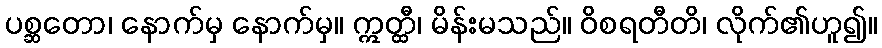
ပစ္ဆတော၊ နောက်မှ နောက်မှ။ ဣတ္ထီ၊ မိန်းမသည်။ ဝိစရတီတိ၊ လိုက်၏ဟူ၍။